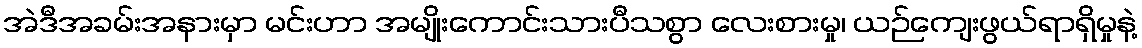
အဲဒီအခမ်းအနားမှာ မင်းဟာ အမျိုးကောင်းသားပီသစွာ လေးစားမှု၊ ယဉ်ကျေးဖွယ်ရာရှိမှုနဲ့